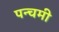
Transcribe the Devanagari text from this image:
पन्चमी